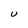
Character: U